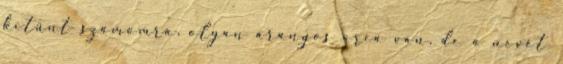
kitűnt számomra, olyan aranyos arca van, de a nevét